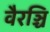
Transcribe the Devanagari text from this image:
वैरञ्चि